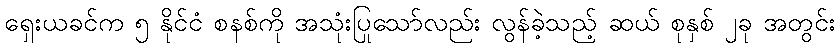
ရှေးယခင်က ၅ နိုင်ငံ စနစ်ကို အသုံးပြုသော်လည်း လွန်ခဲ့သည့် ဆယ် စုနှစ် ၂ခု အတွင်း